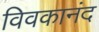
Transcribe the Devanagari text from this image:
विवकानंद